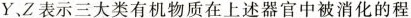
100%┌Y.Z表示三大类有机物质在上述器官中被消化的程